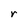
Character: r